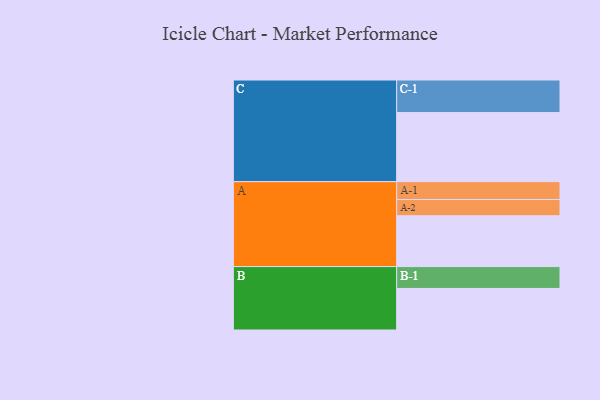
{"axis": {"x": "Segment", "y": "Value"}, "legend": ["", "A", "B", "C"], "data": [{"x": "A", "y": 432, "type": ""}, {"x": "B", "y": 353, "type": ""}, {"x": "C", "y": 587, "type": ""}, {"x": "A-1", "y": 152, "type": "A"}, {"x": "A-2", "y": 138, "type": "A"}, {"x": "B-1", "y": 186, "type": "B"}, {"x": "C-1", "y": 277, "type": "C"}]}